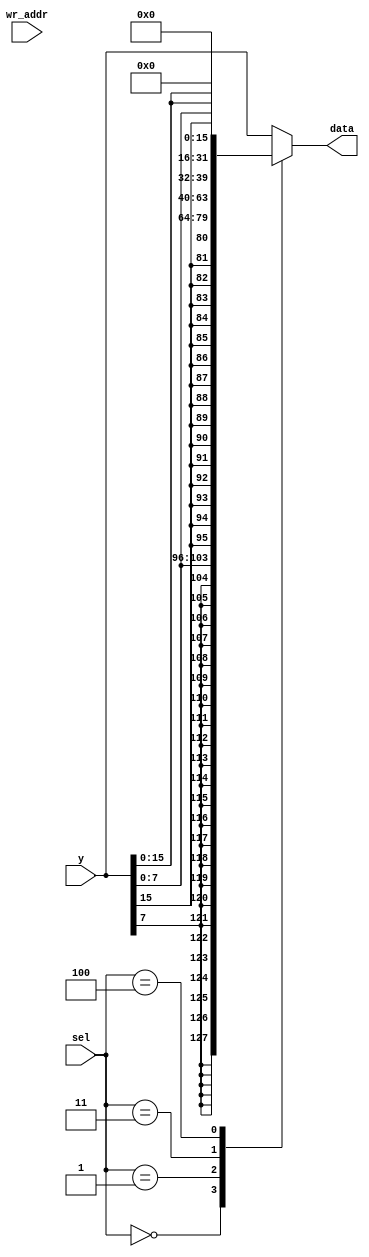
/* 
 * Team Id: eYRC#AB#3265
 * Author List: Md Faizan, Sudhanshu Ranjan, Sumit Saroj
 * Filename: load_extend
 * Theme: Astro Tinker Bot 
 * Functions: load_extend
 * Global Variables: None
 */

// load_extend.v - logic for extending the data and addr for loading word, half and byte


module load_extend (
    input [31:0] y,
    input [ 2:0] sel,
    output reg [31:0] data,
	 input [31:0] wr_addr
);

always @(*) begin
    case (sel)
    3'b000: data = {{24{y[7]}}, y[7:0]};    // lb
    3'b001: data = {{16{y[15]}}, y[15:0]};  // lh
    3'b010: data = y;                       // lw
    3'b011: data = {{24{1'b0}}, y[7:0]};    // lbu
    3'b100: data = {{16{1'b0}}, y[15:0]};   // lhu
    default: data = y;              
   
    endcase
end

endmodule